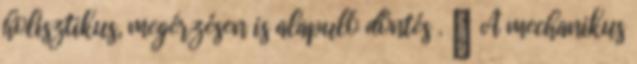
holisztikus, megérzésen is alapuló döntés .  A mechanikus